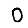
Digit: 0